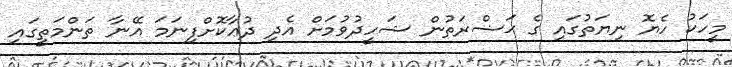
މީހަކު ހެޔޮ ނިޔަތުގައި ގެ ޙަޟްރަތުން ޝަހީދުވުމަށް އެދި ދުޢާކޮށްފިނަމަ އޭނާ ތަންމަތީގައި